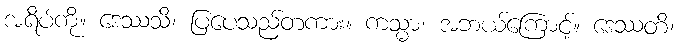
အရိပ်ကို။ ဒေဿသိ၊ ပြပေသည်တကား။ ကသ္မာ၊ အဘယ်ကြောင့်။ ဒေဿတိ၊